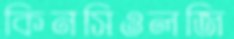
কিনসিওলজি